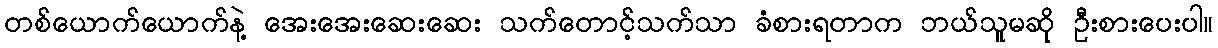
တစ်ယောက်ယောက်နဲ့ အေးအေးဆေးဆေး သက်တောင့်သက်သာ ခံစားရတာက ဘယ်သူမဆို ဦးစားပေးပါ။